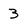
Character: 3